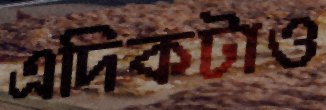
এদিকটাও